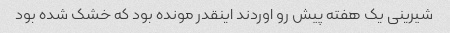
شیرینی یک هفته پیش رو اوردند اینقدر مونده بود که خشک شده بود